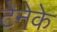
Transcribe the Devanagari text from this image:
टेनेके